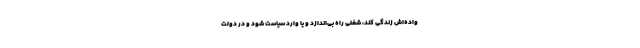
واده‌اش زندگی کند، شغلی راه بی‌اندازد و یا وارد سیاست شود و در دولت